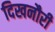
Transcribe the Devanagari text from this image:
दिखनौरी